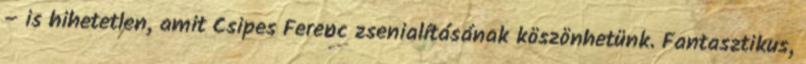
– is hihetetlen, amit Csipes Ferenc zsenialításának köszönhetünk. Fantasztikus,